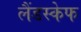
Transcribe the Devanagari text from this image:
लैंडस्केफ